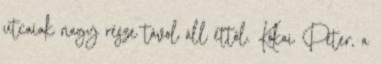
utcaiak nagy része távol áll ettől. Kókai Péter, a